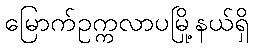
မြောက်ဥက္ကလာပမြို့နယ်ရှိ